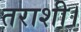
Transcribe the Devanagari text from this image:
तराशी।